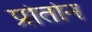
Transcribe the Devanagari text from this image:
प्रोतोन